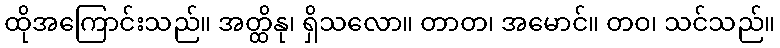
ထိုအကြောင်းသည်။ အတ္ထိနု၊ ရှိသလော။ တာတ၊ အမောင်။ တဝ၊ သင်သည်။